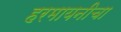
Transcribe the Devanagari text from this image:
हरमायनीचा